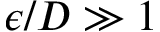
\epsilon / D \gg 1